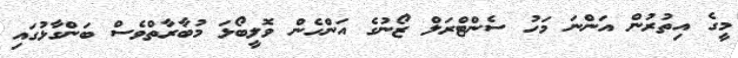
މީގެ އިތުރުން އަންނަ މަހު ސެންޓްރަލް ޒޯނުގެ އަންހެން ވޮލީބޯޅަ މުބާރާތްވެސް ބަންގާޅުގައި